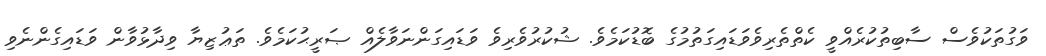
ވަގުތަކުވެސް ސާބިތުކުރެއްވީ ކެތްތެރިވެވަޑައިގަތުމުގެ ބޮޑުކަމެވެ. ޝުކުރުވެރިވެ ވަޑައިގަންނަވާލެއް ޞަރީޙުކަމެވެެ. ތަޢުޒިޔާ ވިދާޅުވާން ވަޑައިގެންނެވި